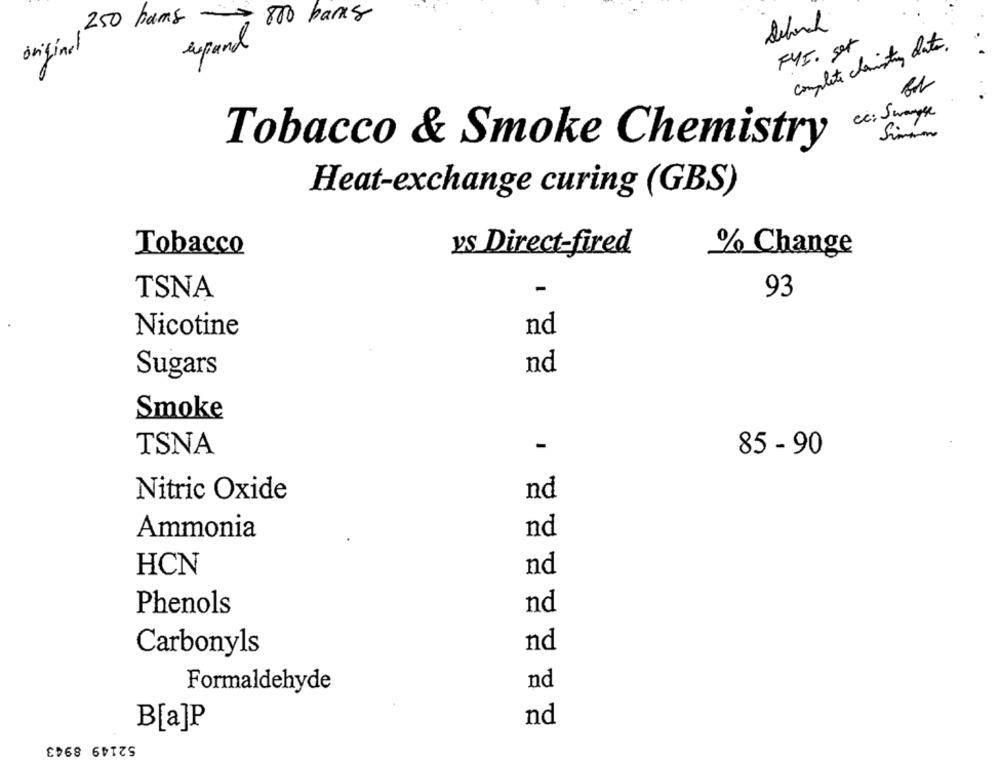
250 hams
800 banks
complete chemistry date.
original
expand
F45. set
Cc: Swange
Simmm
Tobacco & Smoke Chemistry
Heat-exchange curing (GBS)
Tobacco
ys Direct-fired
% Change
TSNA
-
93
Nicotine
nd
nd
Sugars
Smoke
TSNA
-
85 - 90
Nitric Oxide
nd
Ammonia
nd
HCN
nd
Phenols
nd
nd
Carbonyls
nd
Formaldehyde
nd
B[a]P
52149 8943